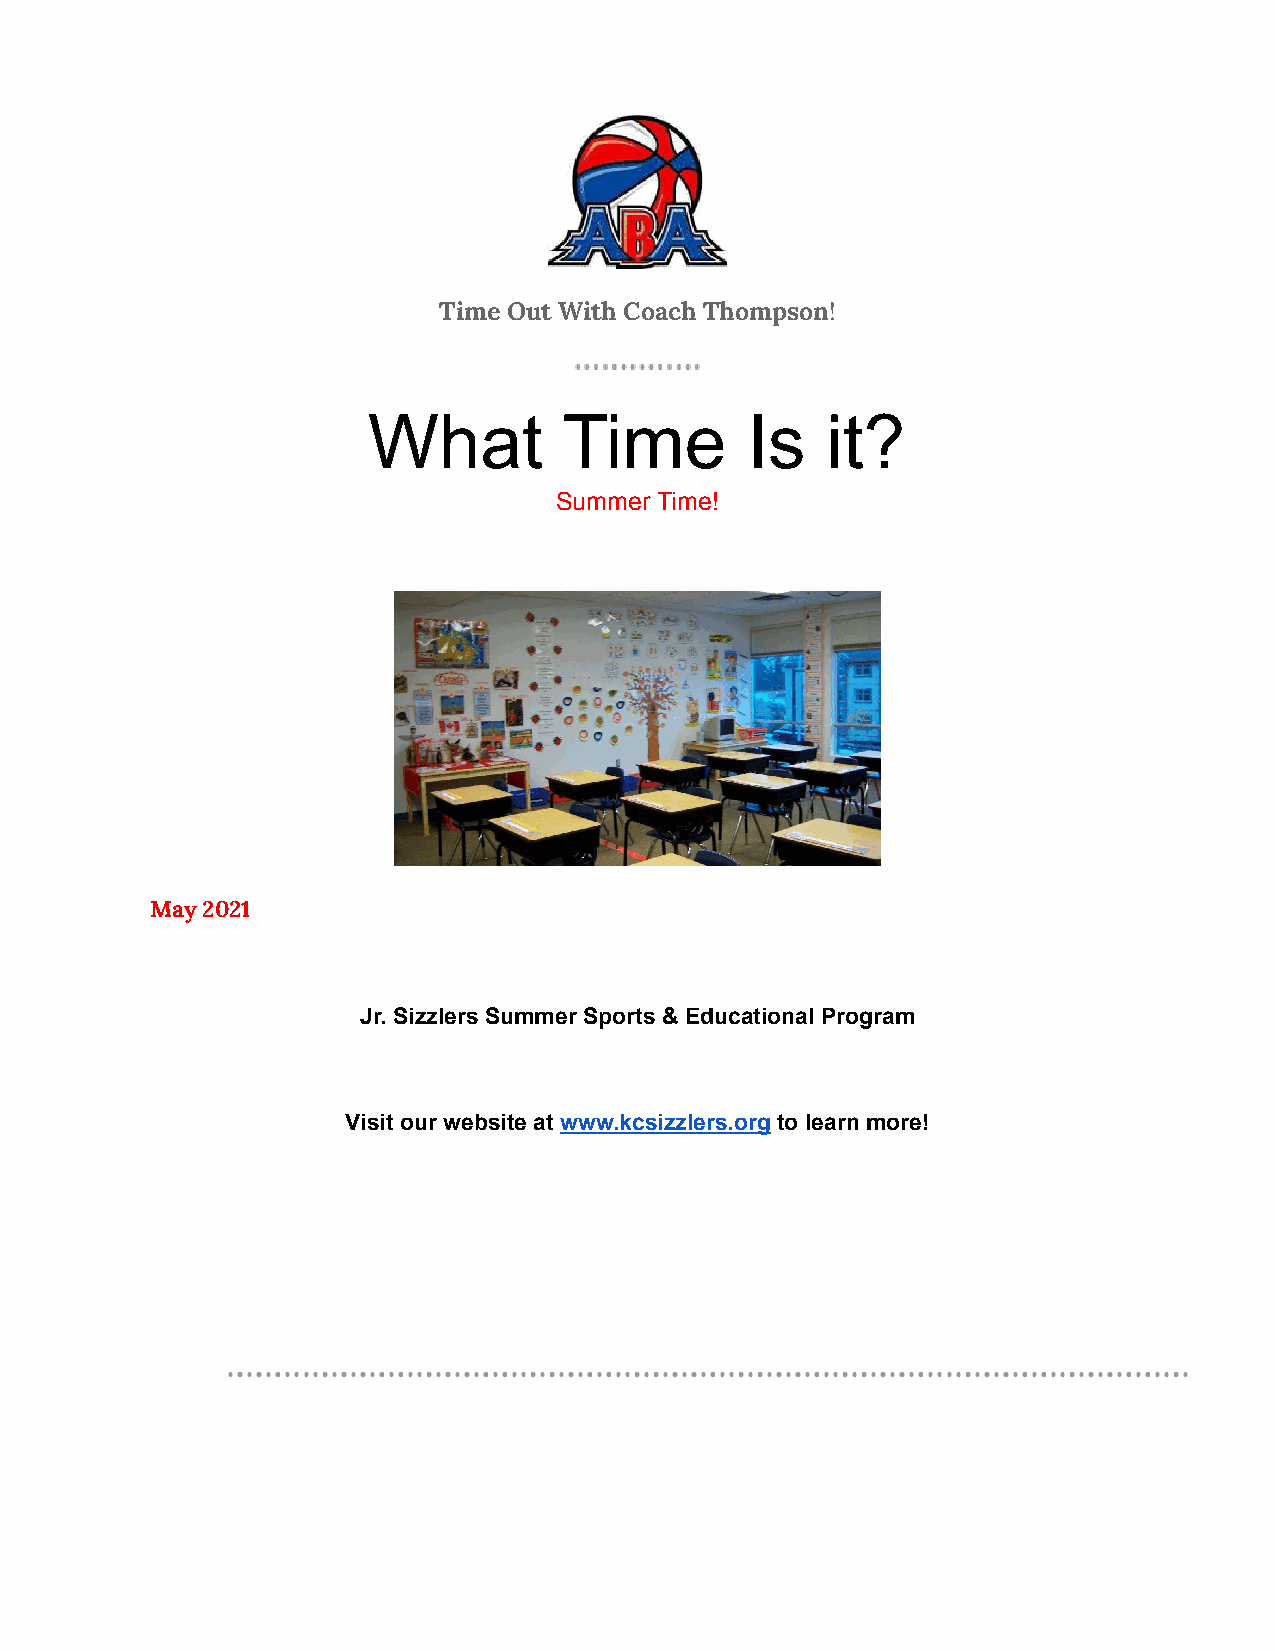
Time Out With Coach Thompson!
 What         Time        Is    it?
 Summer Time!
 May 2021
 Jr. Sizzlers Summer Sports & Educational Program
 Visit our website at www.kcsizzlers.org to learn more!